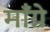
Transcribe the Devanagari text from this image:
माँग्ने